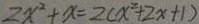
2 x ^ { 2 } + x = 2 ( x ^ { 2 } + 2 x + 1 )